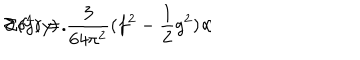
\Sigma ( y ) = \frac { 3 } { 6 4 \pi ^ { 2 } } ( f ^ { 2 } - \frac { 1 } { 2 } g ^ { 2 } ) \, / \hspace { - 2 m m } \partial \, \delta ^ { 4 } ( y ) \, .